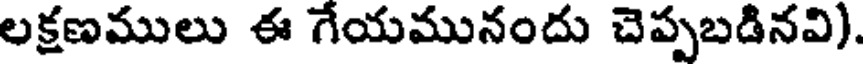
లక్షణములు ఈ గేయమునందు చెప్పబడినవి).